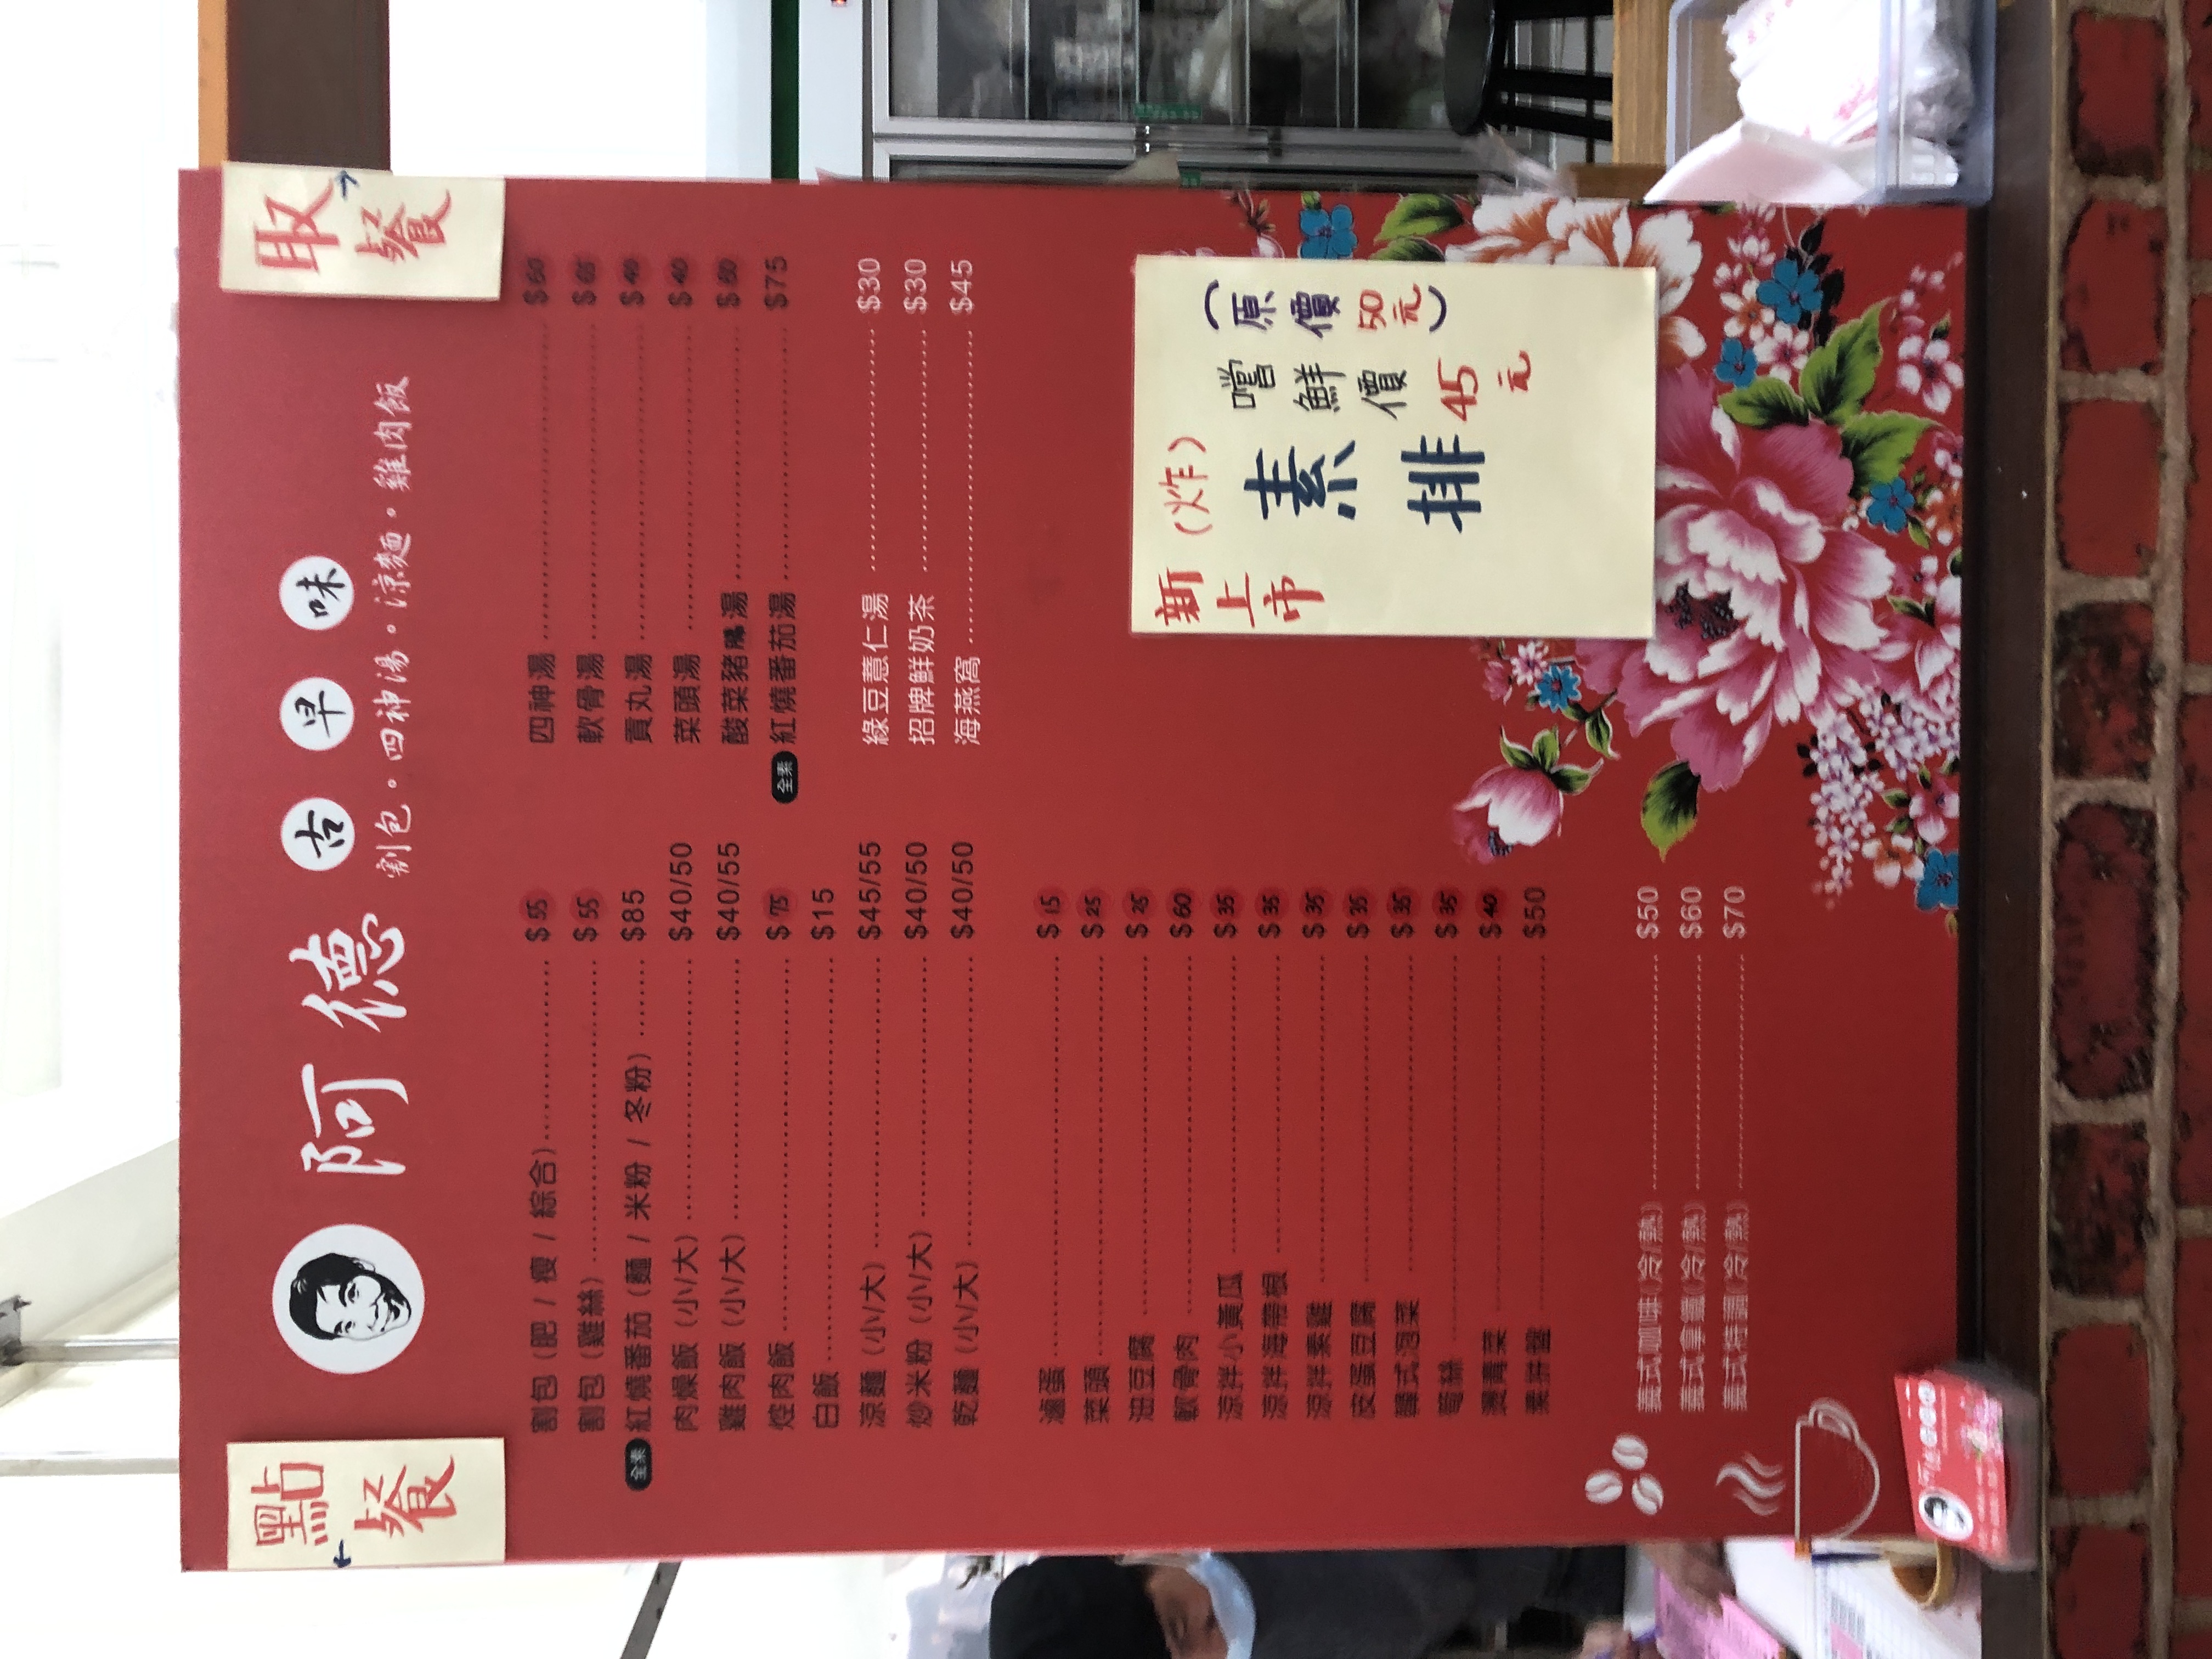
餐廳：阿德
菜單：
name: 割包 (翠熱)
price: $55
name: 紅燒番茄 (麵/米粉/冬)
price: $85
name: 肉燥飯 (小)
price: $40
name: 肉燥飯 (大)
price: $50
name: 雞肉飯 (小)
price: $40
name: 雞肉飯 (大)
price: $55
name: 雞肉飯
price: $75
name: 肉飯
price: $15
name: 白飯
price: $45
name: 白飯
price: $55
name: 滷蛋
price: $40
name: 滷蛋
price: $50
name: 乾麵 (小)
price: $15
name: 乾麵 (大)
price: $25
name: 四神湯
price: $30
name: 貢丸湯
price: $30
name: 菜頭湯
price: $45
name: 酸菜豬腸湯
price: $30
name: 紅燒番茄湯
price: $40
name: 綠豆薏仁湯
price: $45
name: 綠豆薏仁湯
price: $55
name: 招牌鮮奶茶
price: $40
name: 招牌鮮奶茶
price: $50
name: 海燕窩
price: $40
name: 海燕窩
price: $50
name: (炸) 素排
price: $45